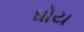
ધોય